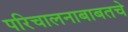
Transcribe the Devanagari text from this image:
परिचालनाबाबतचे